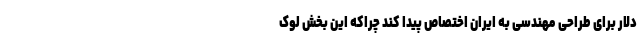
دلار برای طراحی مهندسی به ایران اختصاص پیدا کند چراکه این بخش لوک